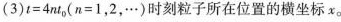
(3)$$t = 4 n t _ { 0 }$$($$n = 1 ， 2 ， …$$)时刻粒子所在位置的横坐标x。